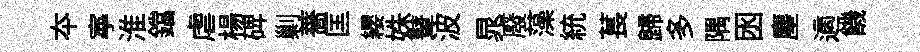
夲寕淮鐺虐楊𥓓剿薔匡纓姝鼙波晁廢藻統萇歸多隅囦麈適饑